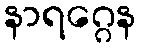
နာရဂ္ဂေန